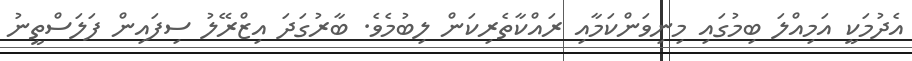
އެދުމަކީ އަމިއްލަ ބިމުގައި މިނިވަންކަމާއި ރައްކާތެރިކަން ލިބުމެވެ. ބާރުގަދަ އިޒްރޭލު ސިފައިން ފަލަސްތީނު